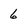
Character: 6